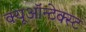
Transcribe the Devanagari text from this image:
क्यूऑन्टेक्स्ट